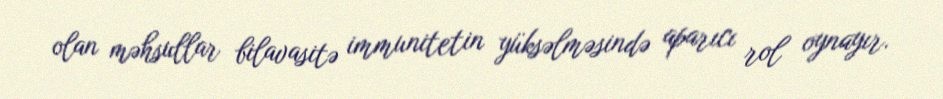
olan məhsullar bilavasitə immunitetin yüksəlməsində aparıcı rol oynayır.